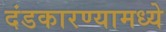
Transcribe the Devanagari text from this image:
दंडकारण्यामध्ये